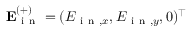
\mathbf { E } _ { \mathrm { ~ i ~ n ~ } } ^ { ( + ) } = ( E _ { \mathrm { ~ i ~ n ~ } , x } , E _ { \mathrm { ~ i ~ n ~ } , y } , 0 ) ^ { \top }